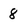
Character: 8